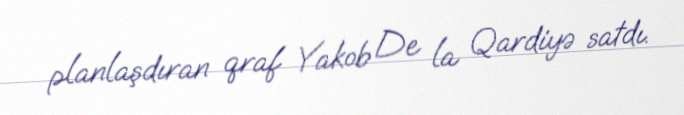
planlaşdıran qraf Yakob De la Qardiyə satdı.